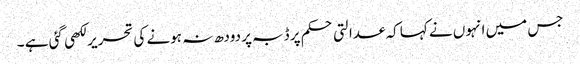
جس میں انہوں نے کہا کہ عدالتی حکم پر ڈبہ پر دودھ نہ ہونے کی تحریر لکھی گئی ہے ۔